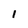
Character: 1